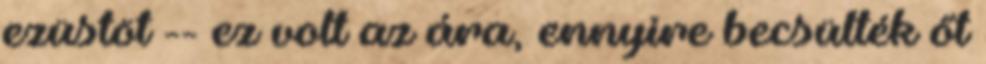
ezüstöt -- ez volt az ára, ennyire becsülték őt